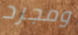
ومجرد